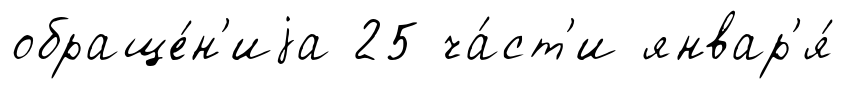
обраще́н'иjа 25 ча́ст'и январ'я́